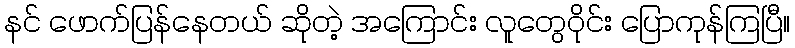
နင် ဖောက်ပြန်နေတယ် ဆိုတဲ့ အကြောင်း လူတွေဝိုင်း ပြောကုန်ကြပြီ။